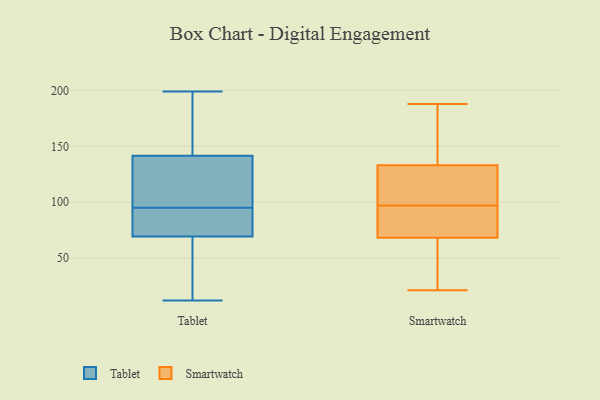
{"axis": {"x": "Production Output", "y": "Value"}, "legend": ["Smartwatch", "Tablet"], "data": [{"x": "", "y": 13, "type": "Tablet"}, {"x": "", "y": 147, "type": "Tablet"}, {"x": "", "y": 96, "type": "Tablet"}, {"x": "", "y": 93, "type": "Tablet"}, {"x": "", "y": 12, "type": "Tablet"}, {"x": "", "y": 108, "type": "Tablet"}, {"x": "", "y": 13, "type": "Tablet"}, {"x": "", "y": 125, "type": "Tablet"}, {"x": "", "y": 187, "type": "Tablet"}, {"x": "", "y": 95, "type": "Tablet"}, {"x": "", "y": 156, "type": "Tablet"}, {"x": "", "y": 199, "type": "Tablet"}, {"x": "", "y": 65, "type": "Tablet"}, {"x": "", "y": 55, "type": "Tablet"}, {"x": "", "y": 116, "type": "Tablet"}, {"x": "", "y": 95, "type": "Tablet"}, {"x": "", "y": 87, "type": "Tablet"}, {"x": "", "y": 157, "type": "Tablet"}, {"x": "", "y": 82, "type": "Tablet"}, {"x": "", "y": 133, "type": "Smartwatch"}, {"x": "", "y": 113, "type": "Smartwatch"}, {"x": "", "y": 94, "type": "Smartwatch"}, {"x": "", "y": 61, "type": "Smartwatch"}, {"x": "", "y": 187, "type": "Smartwatch"}, {"x": "", "y": 188, "type": "Smartwatch"}, {"x": "", "y": 84, "type": "Smartwatch"}, {"x": "", "y": 86, "type": "Smartwatch"}, {"x": "", "y": 64, "type": "Smartwatch"}, {"x": "", "y": 146, "type": "Smartwatch"}, {"x": "", "y": 100, "type": "Smartwatch"}, {"x": "", "y": 21, "type": "Smartwatch"}, {"x": "", "y": 68, "type": "Smartwatch"}, {"x": "", "y": 115, "type": "Smartwatch"}, {"x": "", "y": 126, "type": "Smartwatch"}, {"x": "", "y": 24, "type": "Smartwatch"}, {"x": "", "y": 89, "type": "Smartwatch"}, {"x": "", "y": 135, "type": "Smartwatch"}]}